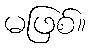
မဖြစ်။